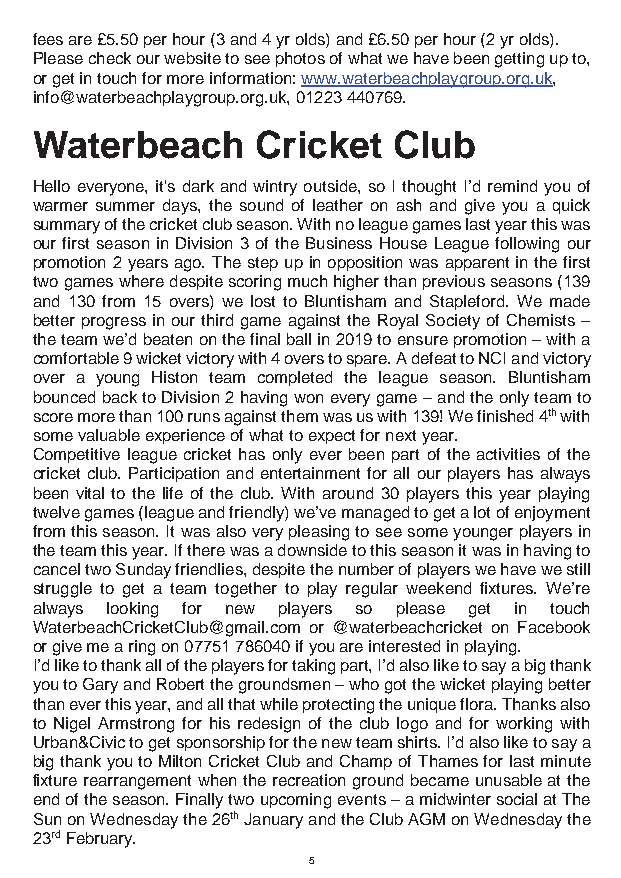
fees are £5.50 per hour (3 and 4 yr olds) and £6.50 per hour (2 yr olds).
 Please check our website to see photos of what we have been getting up to,
 or get in touch for more information: www.waterbeachplaygroup.org.uk,
 info@waterbeachplaygroup.org.uk, 01223 440769.
 Waterbeach     Cricket  Club
 Hello everyone, it's dark and wintry outside, so I thought I’d remind you of
 warmer summer days, the sound of leather on ash and give you a quick
 summary of the cricket club season. With no league games last year this was
 our first season in Division 3 of the Business House League following our
 promotion 2 years ago. The step up in opposition was apparent in the first
 two games where despite scoring much higher than previous seasons (139
 and 130 from 15 overs) we lost to Bluntisham and Stapleford. We made
 better progress in our third game against the Royal Society of Chemists –
 the team we’d beaten on the final ball in 2019 to ensure promotion – with a
 comfortable 9 wicket victory with 4 overs to spare. A defeat to NCI and victory
 over a young Histon team completed the league season. Bluntisham
 bounced back to Division 2 having won every game – and the only team to
 score more than 100 runs against them was us with 139! We finished 4th with
 some valuable experience of what to expect for next year.
 Competitive league cricket has only ever been part of the activities of the
 cricket club. Participation and entertainment for all our players has always
 been vital to the life of the club. With around 30 players this year playing
 twelve games (league and friendly) we’ve managed to get a lot of enjoyment
 from this season. It was also very pleasing to see some younger players in
 the team this year. If there was a downside to this season it was in having to
 cancel two Sunday friendlies, despite the number of players we have we still
 struggle to get a team together to play regular weekend fixtures. We’re
 always looking for new players so please get in touch
 WaterbeachCricketClub@gmail.com or @waterbeachcricket on Facebook
 or give me a ring on 07751 786040 if you are interested in playing.
 I’d like to thank all of the players for taking part, I’d also like to say a big thank
 you to Gary and Robert the groundsmen – who got the wicket playing better
 than ever this year, and all that while protecting the unique flora. Thanks also
 to Nigel Armstrong for his redesign of the club logo and for working with
 Urban&Civic to get sponsorship for the new team shirts. I’d also like to say a
 big thank you to Milton Cricket Club and Champ of Thames for last minute
 fixture rearrangement when the recreation ground became unusable at the
 end of the season. Finally two upcoming events – a midwinter social at The
 Sun on Wednesday the 26th January and the Club AGM on Wednesday the
 23rd February.
 5